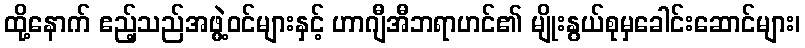
ထို့နောက် ဧည့်သည်အဖွဲ့ဝင်များနှင့် ဟာဂျီအီဘရာဟင်၏ မျိုးနွယ်စုမှခေါင်းဆောင်များ၊